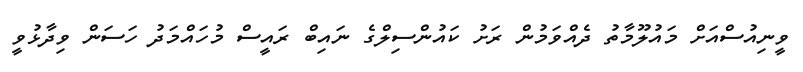
ވީނިއުސްއަށް މައުލޫމާތު ދެއްވަމުން ރަށު ކައުންސިލްގެ ނައިބް ރައީސް މުހައްމަދު ހަސަން ވިދާޅުވީ